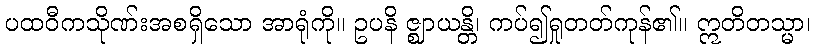
ပထဝီကသိုဏ်းအစရှိသော အာရုံကို။ ဥပနိ ဇ္ဈာယန္တိ၊ ကပ်၍ရှုတတ်ကုန်၏။ ဣတိတသ္မာ၊